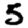
Digit: 5